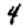
Digit: 4